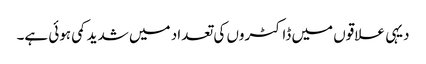
دیہی علاقوں میں ڈاکٹروں کی تعداد میں شدید کمی ہوئی ہے۔